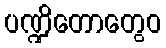
ပဏ္ဍိတောတွေဝ